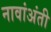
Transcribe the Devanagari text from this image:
नावांअंती